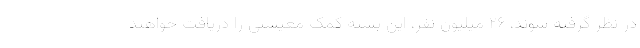
در نظر گرفته شوند، ۲۶ میلیون نفر، این بسته کمک معیشتی را دریافت خواهند